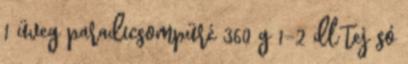
1 üveg paradicsompüré 360 g 1-2 dl tej só